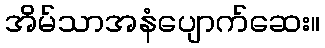
အိမ်သာအနံပျောက်ဆေး။